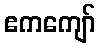
ဧကကျော်